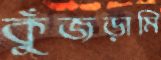
কুঁজড়ামি